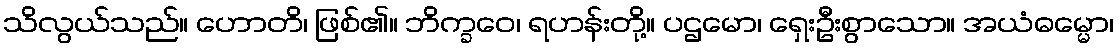
သိလွယ်သည်။ ဟောတိ၊ ဖြစ်၏။ ဘိက္ခဝေ၊ ရဟန်းတို့။ ပဌမော၊ ရှေးဦးစွာသော။ အယံဓမ္မော၊